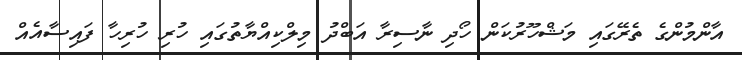
އާންމުންގެ ތެރޭގައި މަޝްހޫރުކަން ހޯދި ނާސިރާ އަބްދު މިލްކިއްޔާތުގައި ހުރި ހުރިހާ ފައިސާއެއް